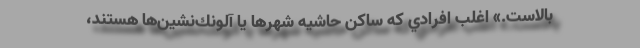
بالاست.» اغلب افرادي كه ساكن حاشيه‌ شهرها يا آلونك‌نشين‌ها هستند،